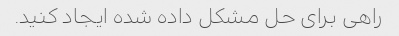
راهی برای حل مشکل داده شده ایجاد کنید.